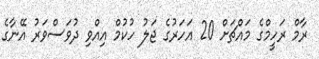
ރާމް ރަހީމްގެ މައްޗަށް 20 އަހަރުގެ ޖަލު ހުކުމް އިއްވި ދުވަސްވަރު އޭނާގެ